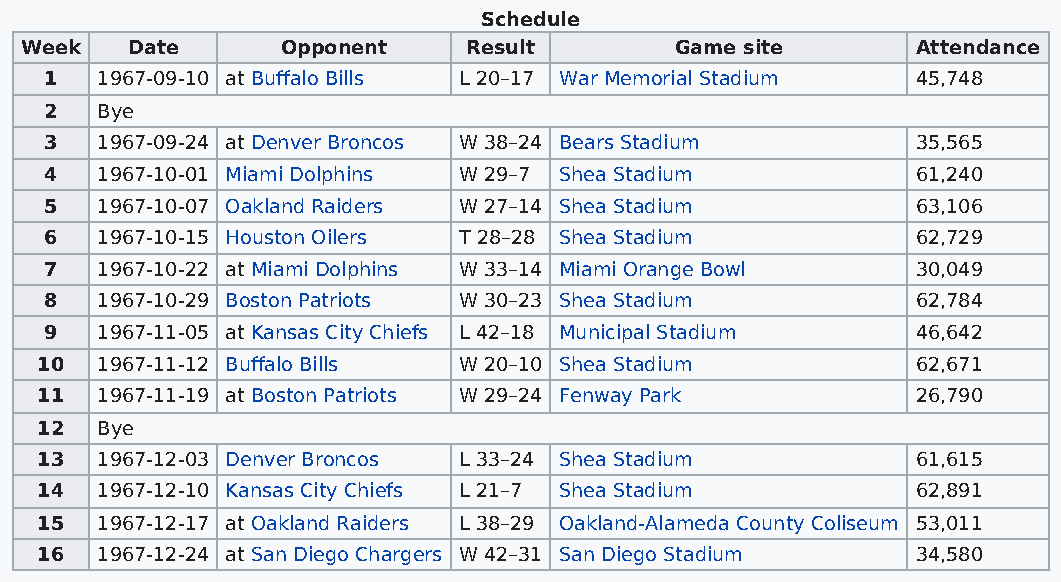
Schedule
 Week   Date       Opponent    Result        Game site       Attendance
 1  1967-09-10 at Buffalo Bills L 20–17 War Memorial Stadium 45,748
 2  Bye
 3  1967-09-24 at Denver Broncos W 38–24 Bears Stadium     35,565
 4  1967-10-01 Miami Dolphins W 29–7 Shea Stadium          61,240
 5  1967-10-07 Oakland Raiders W 27–14 Shea Stadium        63,106
 6  1967-10-15 Houston Oilers T 28–28 Shea Stadium         62,729
 7  1967-10-22 at Miami Dolphins W 33–14 Miami Orange Bowl 30,049
 8  1967-10-29 Boston Patriots W 30–23 Shea Stadium        62,784
 9  1967-11-05 at Kansas City Chiefs L 42–18 Municipal Stadium 46,642
 10  1967-11-12 Buffalo Bills W 20–10 Shea Stadium          62,671
 11  1967-11-19 at Boston Patriots W 29–24 Fenway Park      26,790
 12  Bye
 13  1967-12-03 Denver Broncos L 33–24 Shea Stadium         61,615
 14  1967-12-10 Kansas City Chiefs L 21–7 Shea Stadium      62,891
 15  1967-12-17 at Oakland Raiders L 38–29 Oakland-Alameda County Coliseum 53,011
 16  1967-12-24 at San Diego Chargers W 42–31 San Diego Stadium 34,580